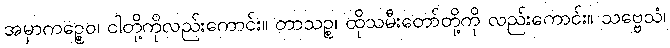
အမှာကဉ္စေဝ၊ ငါတို့ကိုလည်းကောင်း။ တာသဉ္စ၊ ထိုသမီးတော်တို့ကို လည်းကောင်း။ သဗ္ဗေသံ၊